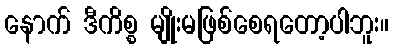
နောက် ဒီကိစ္စ မျိုးမဖြစ်စေရတော့ပါဘူး။